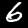
Label: 6